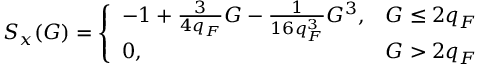
S _ { x } ( G ) = \left\{ \begin{array} { l l } { - 1 + \frac { 3 } { 4 q _ { F } } G - \frac { 1 } { 1 6 q _ { F } ^ { 3 } } G ^ { 3 } , } & { G \leq 2 q _ { F } } \\ { 0 , } & { G > 2 q _ { F } } \end{array} \right.